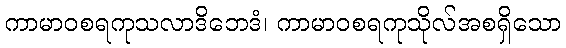
ကာမာဝစရကုသလာဒိဘေဒံ၊ ကာမာဝစရကုသိုလ်အစရှိသော